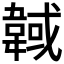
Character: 𩎹